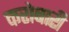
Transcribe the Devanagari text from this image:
करोबारी